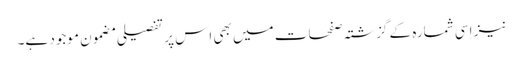
نیز اِسی شمارہ کے گزشتہ صفحات میں بھی اِس پر تفصیلی مضمون موجود ہے۔